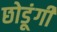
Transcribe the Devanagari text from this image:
छोडूंगी